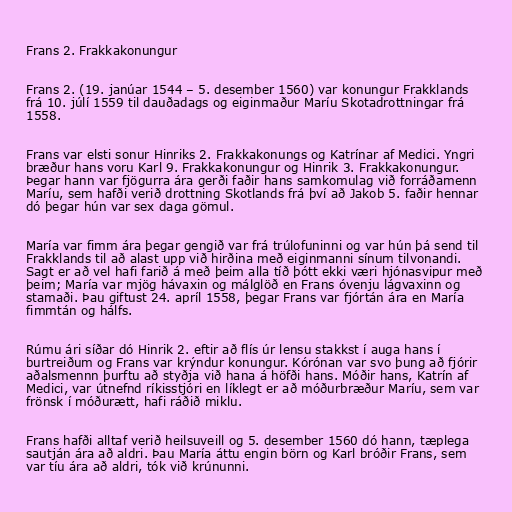
Frans 2. Frakkakonungur

Frans 2. (19. janúar 1544 – 5. desember 1560) var konungur Frakklands
frá 10. júlí 1559 til dauðadags og eiginmaður Maríu Skotadrottningar frá
1558.

Frans var elsti sonur Hinriks 2. Frakkakonungs og Katrínar af Medici. Yngri
bræður hans voru Karl 9. Frakkakonungur og Hinrik 3. Frakkakonungur.
Þegar hann var fjögurra ára gerði faðir hans samkomulag við forráðamenn
Maríu, sem hafði verið drottning Skotlands frá því að Jakob 5. faðir hennar
dó þegar hún var sex daga gömul.

María var fimm ára þegar gengið var frá trúlofuninni og var hún þá send til
Frakklands til að alast upp við hirðina með eiginmanni sínum tilvonandi.
Sagt er að vel hafi farið á með þeim alla tíð þótt ekki væri hjónasvipur með
þeim; María var mjög hávaxin og málglöð en Frans óvenju lágvaxinn og
stamaði. Þau giftust 24. apríl 1558, þegar Frans var fjórtán ára en María
fimmtán og hálfs.

Rúmu ári síðar dó Hinrik 2. eftir að flís úr lensu stakkst í auga hans í
burtreiðum og Frans var krýndur konungur. Kórónan var svo þung að fjórir
aðalsmennn þurftu að styðja við hana á höfði hans. Móðir hans, Katrín af
Medici, var útnefnd ríkisstjóri en líklegt er að móðurbræður Maríu, sem var
frönsk í móðurætt, hafi ráðið miklu.

Frans hafði alltaf verið heilsuveill og 5. desember 1560 dó hann, tæplega
sautján ára að aldri. Þau María áttu engin börn og Karl bróðir Frans, sem
var tíu ára að aldri, tók við krúnunni.